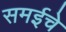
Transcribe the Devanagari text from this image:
समईचे